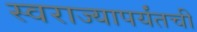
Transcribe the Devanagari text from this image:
स्वराज्यापर्यंतची